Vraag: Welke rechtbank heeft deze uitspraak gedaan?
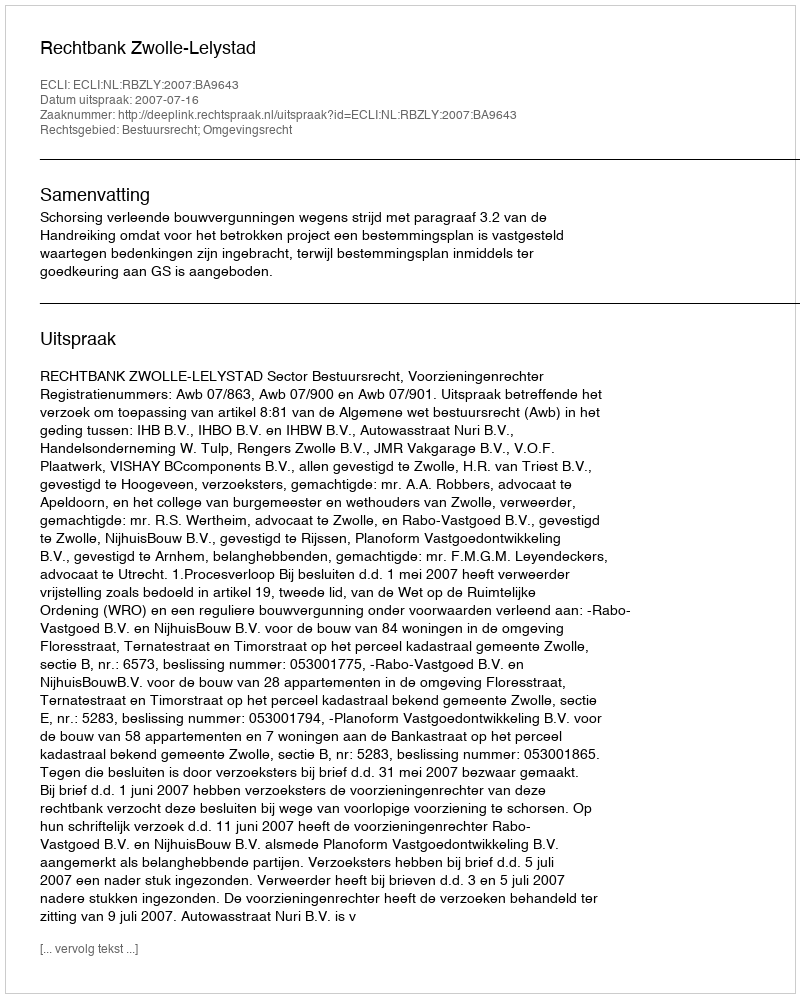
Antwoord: Rechtbank Zwolle-Lelystad